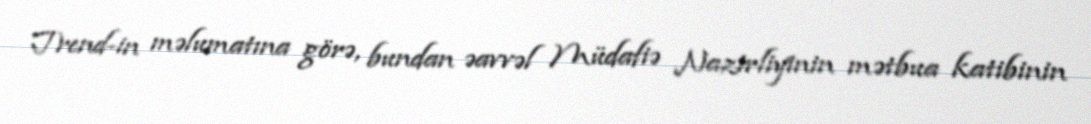
Trend-in məlumatına görə, bundan əavvəl Müdafiə Nazirliyinin mətbua katibinin